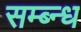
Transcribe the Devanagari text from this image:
सम्ब्न्ध